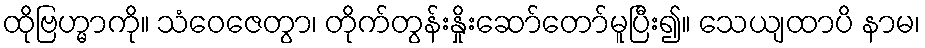
ထိုဗြဟ္မာကို။ သံဝေဇေတွာ၊ တိုက်တွန်းနှိုးဆော်တော်မူပြီး၍။ သေယျထာပိ နာမ၊